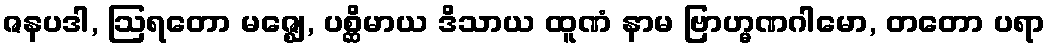
ဇနပဒါ, ဩရတော မဇ္ဈေ, ပစ္ဆိမာယ ဒိသာယ ထူဏံ နာမ ဗြာဟ္မဏဂါမော, တတော ပရာ